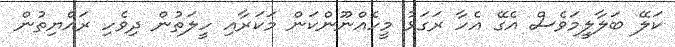
ކަލޭ ބަލާލީމަވެސް އެގޭ އެހާ ރަގަޅު މީހެއްނޫންކަން މަކަރާއި ހީލަތުން ދިވެހި ރައްޔިތުން